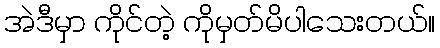
အဲဒီမှာ ကိုင်တဲ့ ကိုမှတ်မိပါသေးတယ်။